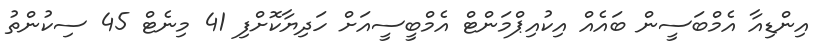
އިންޑިއާ އެމްބަސީން ބައެއް އިކުއިޕްމަންޓް އެމްބީސީއަށް ހަދިޔާކޮށްފި 41 މިނެޓް 45 ސިކުންތު